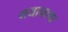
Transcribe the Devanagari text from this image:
गयानाचा